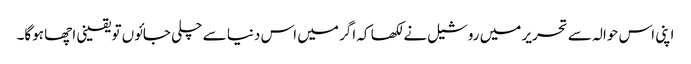
اپنی اس حوالہ سے تحریر میں روشیل نے لکھا کہ اگر میں اس دنیا سے چلی جائوں تو یقینی اچھا ہوگا۔